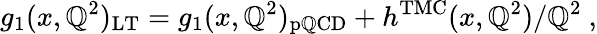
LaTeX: g_{1}(x,\mathbb{Q}^{2})_{\mathrm{{LT}}}=g_{1}(x,\mathbb{Q}^{2})_{\mathrm{{p\mathbb{Q}CD}}}+h^{\mathrm{{TMC}}}(x,\mathbb{Q}^{2})/\mathbb{Q}^{2}~,